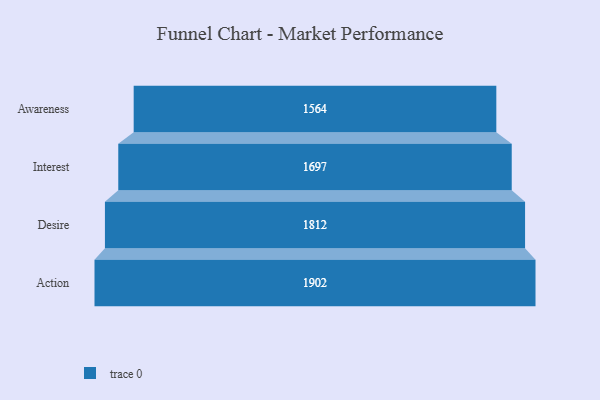
{"axis": {"x": "Stage", "y": "Value"}, "legend": [""], "data": [{"x": "Awareness", "y": 1564.0, "type": ""}, {"x": "Interest", "y": 1697.0, "type": ""}, {"x": "Desire", "y": 1812.0, "type": ""}, {"x": "Action", "y": 1902.0, "type": ""}]}